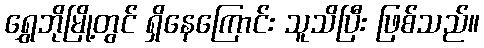
ရွှေဘိုမြို့တွင် ရှိနေကြောင်း သူသိပြီး ဖြစ်သည်။